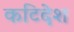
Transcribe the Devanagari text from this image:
कटिदेश